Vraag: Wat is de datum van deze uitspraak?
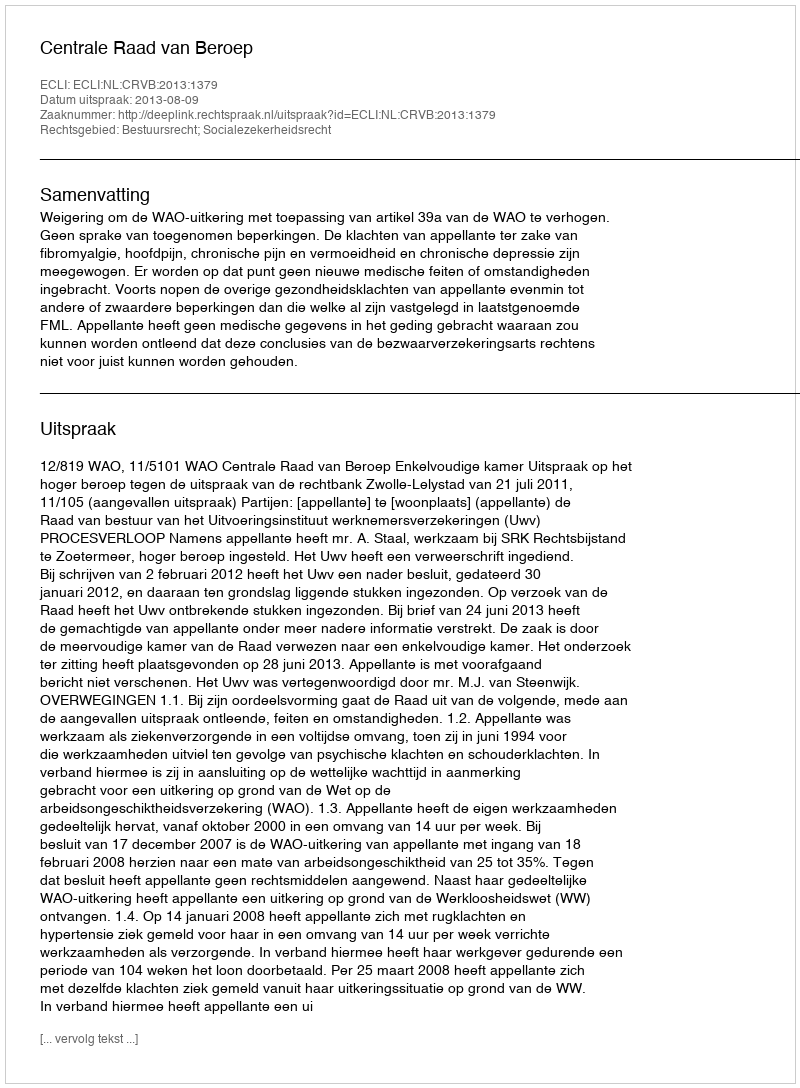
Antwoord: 2013-08-09